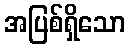
အပြစ်ရှိသော